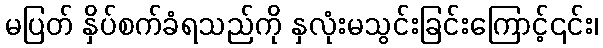
မပြတ် နှိပ်စက်ခံရသည်ကို နှလုံးမသွင်းခြင်းကြောင့်၎င်း၊